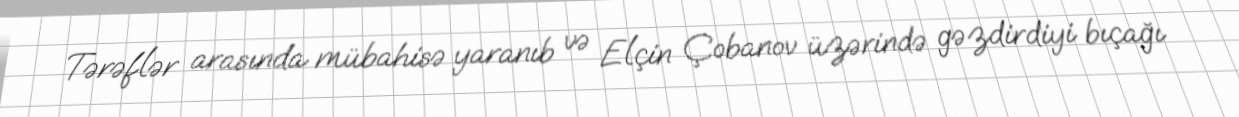
Tərəflər arasında mübahisə yaranıb və Elçin Çobanov üzərində gəzdirdiyi bıçağı